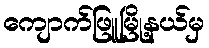
ကျောက်ဖြူမြို့နယ်မှ